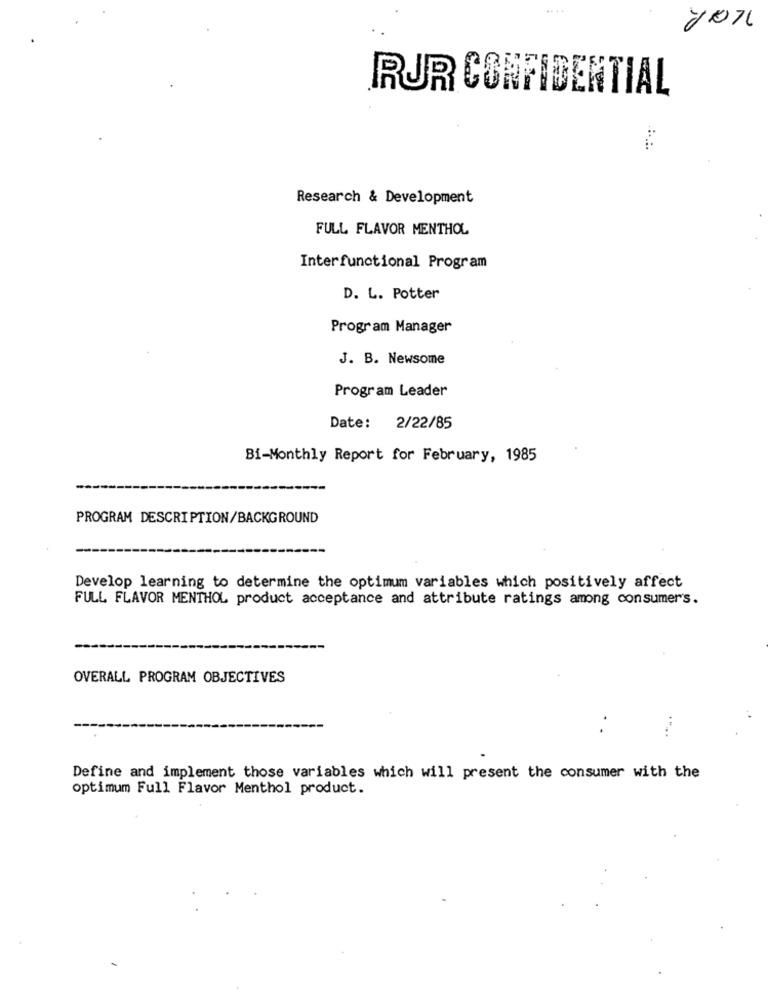
....
RUR CONFIDENTIAL
Research & Development
FULL FLAVOR MENTHOL
Interfunctional Program
D. L. Potter
Program Manager
J. B. Newsome
Program Leader
Date: 2/22/85
Bi-Monthly Report for February, 1985
PROGRAM DESCRIPTION/BACKGROUND
Develop learning to determine the optimum variables which positively affect
FULL FLAVOR MENTHOL product acceptance and attribute ratings among consumers.
OVERALL PROGRAM OBJECTIVES
Define and implement those variables which will present the consumer with the
optimum Full Flavor Menthol product.